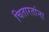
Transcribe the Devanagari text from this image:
चितारतांना